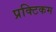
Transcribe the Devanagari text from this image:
प्रक्टिकम